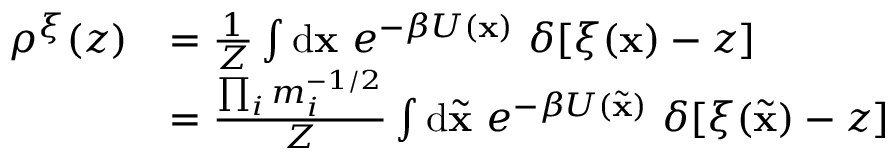
\begin{array} { r l } { \rho ^ { \xi } ( z ) } & { = \frac { 1 } { Z } \int \mathrm { d } \ensuremath { \mathbf { x } } \ e ^ { - \beta U ( \ensuremath { \mathbf { x } } ) } \ \delta [ \xi ( \ensuremath { \mathbf { x } } ) - z ] } \\ & { = \frac { \prod _ { i } m _ { i } ^ { - 1 / 2 } } { Z } \int \mathrm { d } \ensuremath { { \widetilde { \mathbf { x } } } } \ e ^ { - \beta U ( \ensuremath { { \widetilde { \mathbf { x } } } } ) } \ \delta [ \xi ( \ensuremath { { \widetilde { \mathbf { x } } } } ) - z ] } \end{array}